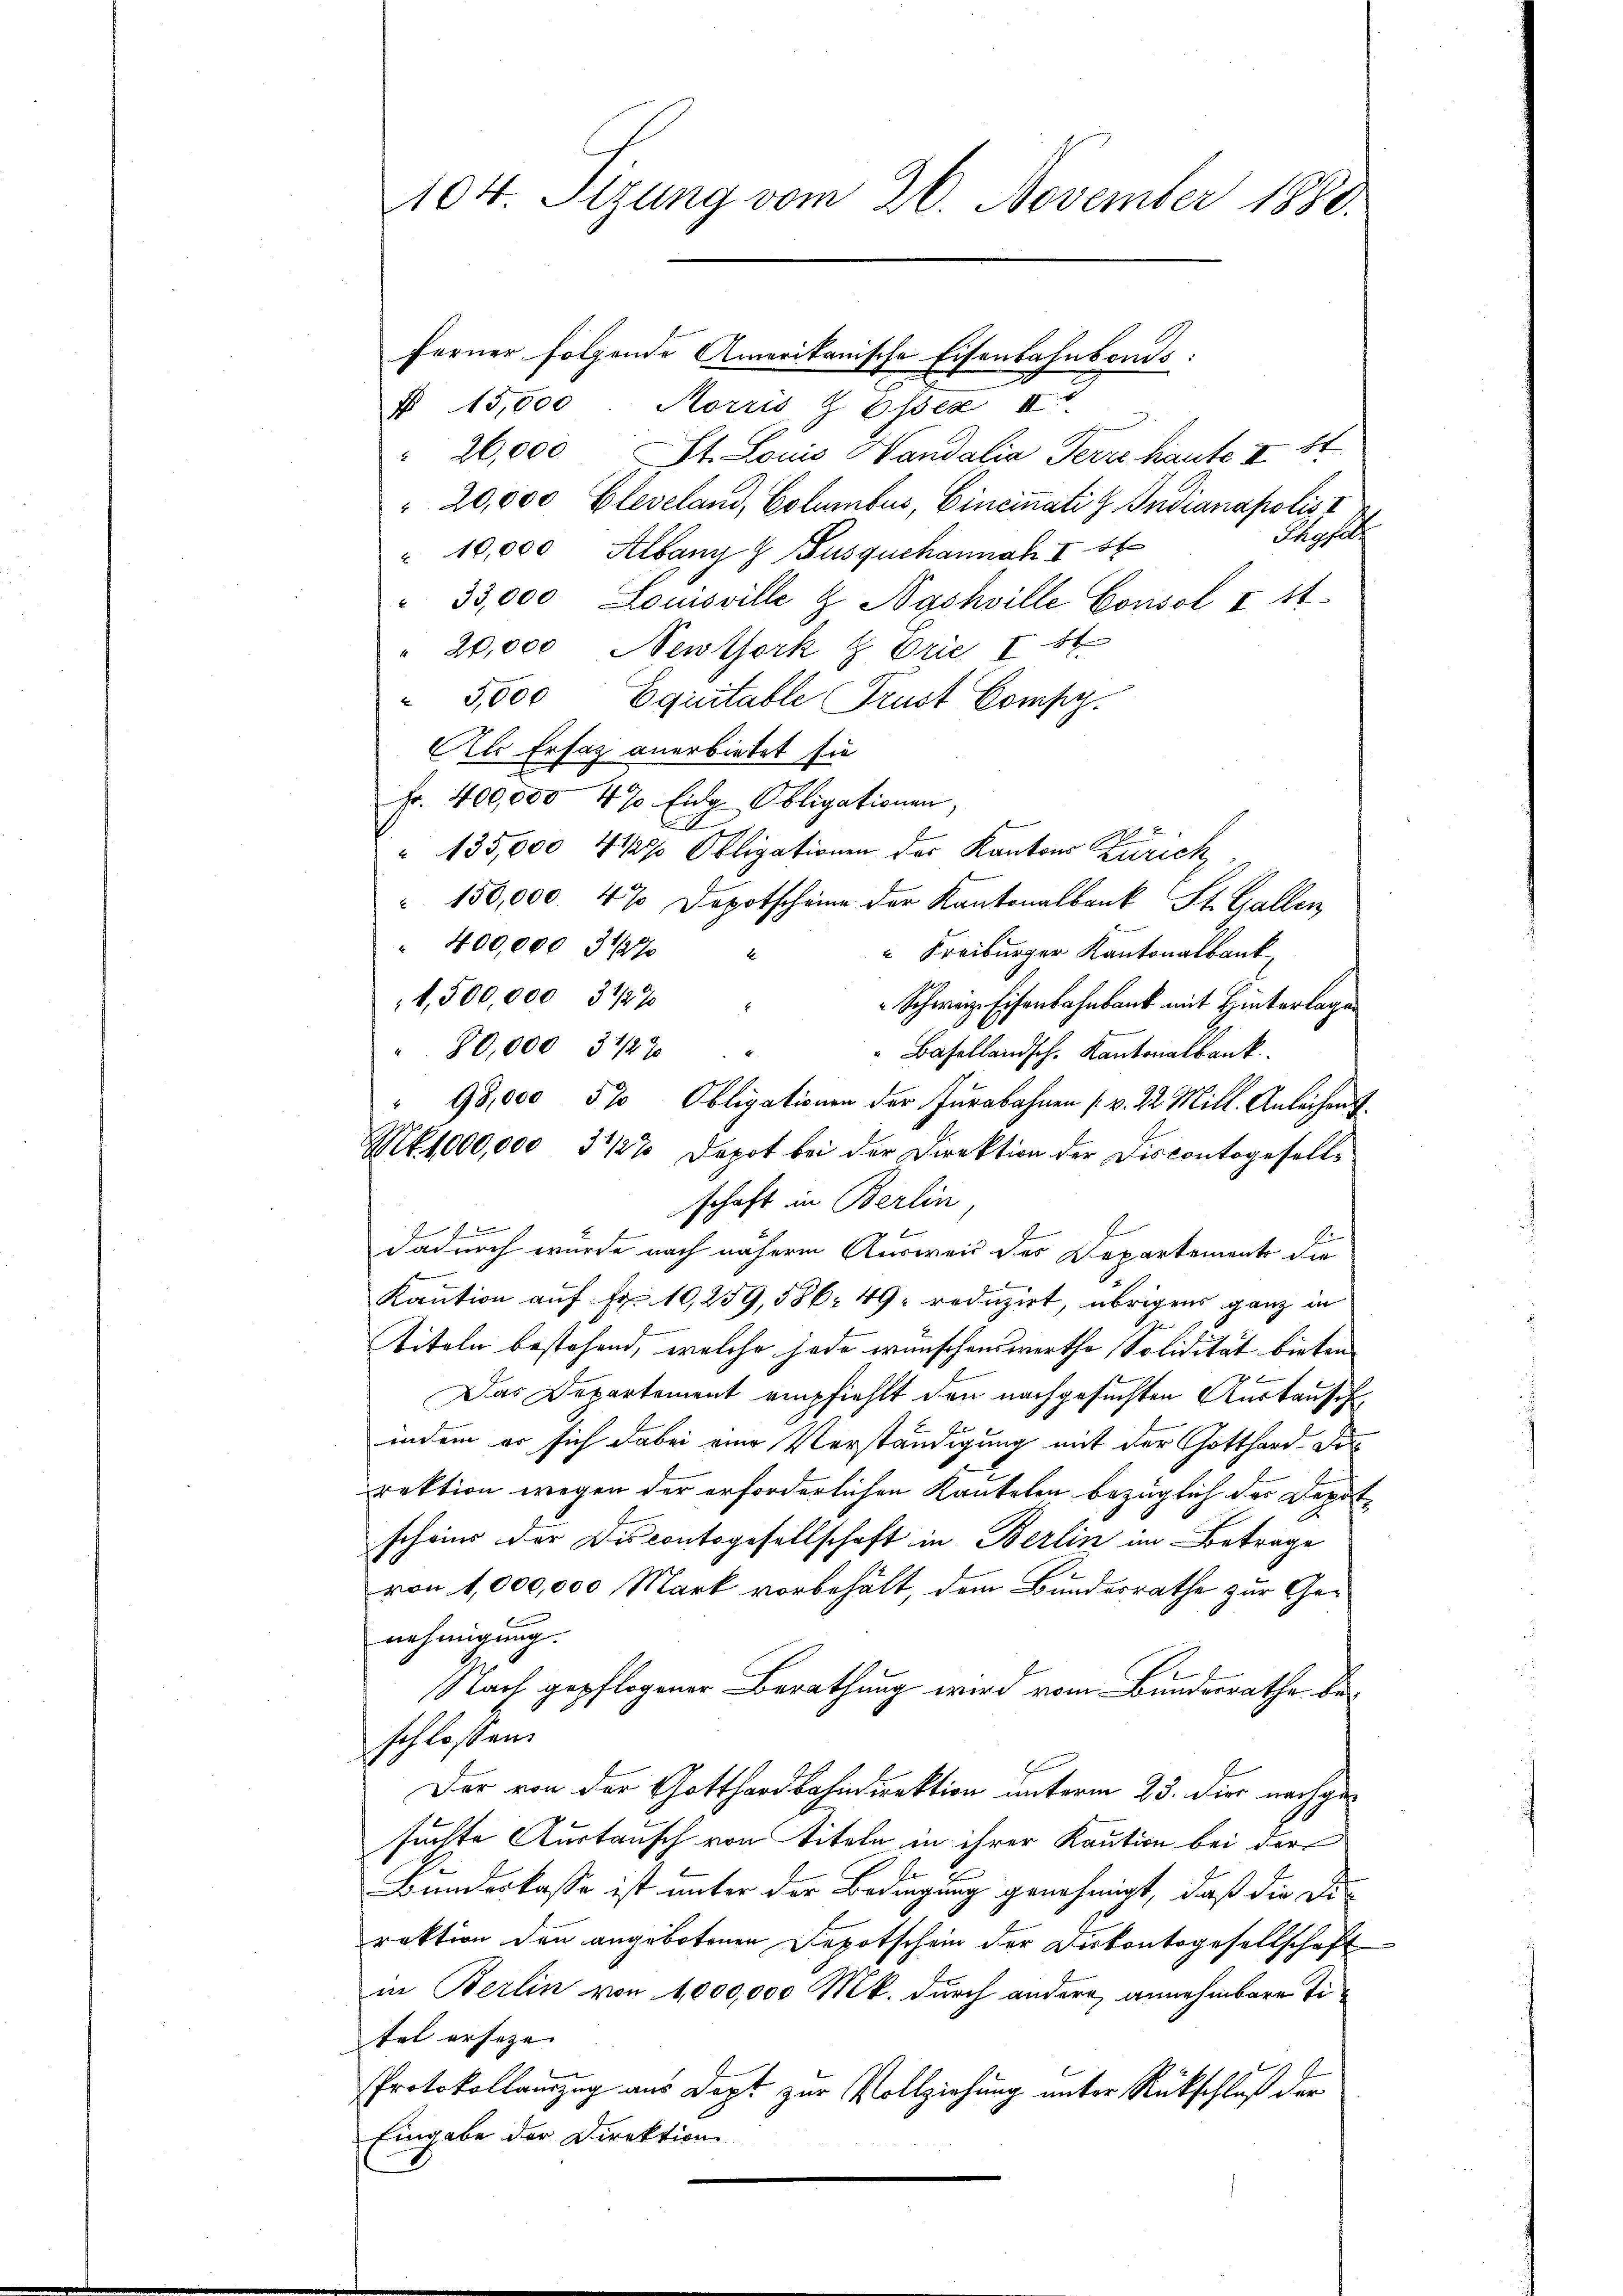
ferner folgende Amerikanische Eisenbahnbonds:
§ 15,000 Morris Z Esses II
St
26,000 St. Louis Vandalia Ferre haute II
20,000 Gleveland, Columbus, Eincinati G. Indianapolis I
Posef
" 10,000 Albang & Gusquchannah I 56
 33,000 Louisville & Nashville Consol I 14
 20,000 Newtork & Drie 184
" 5,000 Equitable Trust Comp.
Als Ersatz anerbietet sie
Fr. 400,000 470 Eidg. Obligationen,
" 135,000 4 1/2% Obligationen der Kantons Zürich
" 150,000. 47 Depotscheine der Kantonalbank St. Gallen
" 400,000 3127
“ Freiburger Kantonalbank
s
1,500,000 3127
Schweiz. Eisenbahnbank mit Hinterlage
80,000 3127
" Basellandsch. Kantonalbank.
98,000 5% Obligationen der Jurabahnen v. 22 Mill. Anleihens
Mk. 1000,000, 3222 Depot bei der Direktion der Discontogesellschaft in Berlin,

¬
9
dadurch wurde nach nähere Ausweis des Departemente die
Kaution auf Fr. 10,259, 586. 49. reduzirt, übrigens ganz in
Titeln bestehend, welche jede wünschenswerthe Solidität bieten
Das Departement empfiehlt den nachgesuchten Austausch
indem er sich dabei eine Verständigung mit der Gotthard-De
rektion wegen der erforderlichen Kautolen bezüglich der Depot
scheins der Discontogesellschaft in Berlin im Betrage
von 1,000,000 Mark vorbehält, dem Bundesrathe zur Genehmigung.
Nach gepflogener Berathung wird vom Bundesrathe beschlossen:
Der von der Gotthardbahndirektion unterm 23. die nachgesuchte Austausch von Titeln in ihrer Kaution bei der
Bundeskasse ist unter der Bedingung genehmigt, daß die Di-
raktion den angebotenen Depotschein der Diskontogesellschaft
in Berlin von 1000,000 Mk. durch andere annehmbare Titel erseze |
Protokollauszug aus Dept zur Vollziehung unter Rückschluß der
Eingabe der Direktion

104 Sizung vom 26. November 1880.